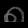
Digit: ၈